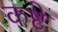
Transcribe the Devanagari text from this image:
कष्टे